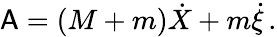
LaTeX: \mathsf{A}=(M+m)\dot{X}+m\dot{\xi}\, .